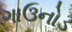
ગાઉનોડ